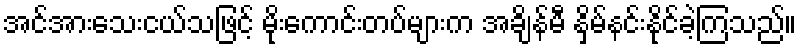
အင်အားသေးငယ်သဖြင့် မိုးကောင်းတပ်များက အချိန်မီ နှိမ်နင်းနိုင်ခဲ့ကြသည်။